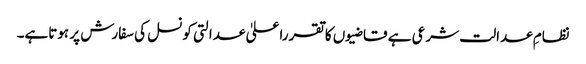
نظامِ عدالت شرعی ہے قاضیوں کاتقرراعلیٰ عدالتی کونسل کی سفارش پر ہوتاہے۔